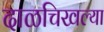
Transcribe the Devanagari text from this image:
दाळचिखल्या